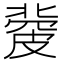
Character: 𥀅